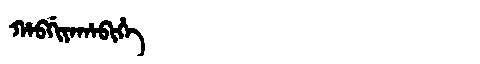
Manchu: ᡥᠠᠪᡤᡳᠶᠠᡥᠠᠪᡳᡥᡝ
Romanization: HABGIYAHABIHE